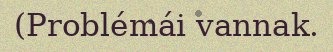
(Problémái vannak.